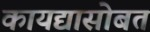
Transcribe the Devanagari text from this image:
कायद्यासोबत